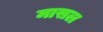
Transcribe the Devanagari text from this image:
मासल